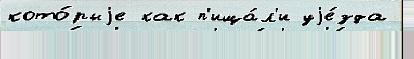
кото́рыjе как п'ища́л'и уjе́зда